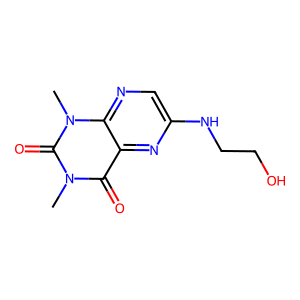
SMILES: Cn1c(=O)c2nc(NCCO)cnc2n(C)c1=O
Inhibits HIV replication: No